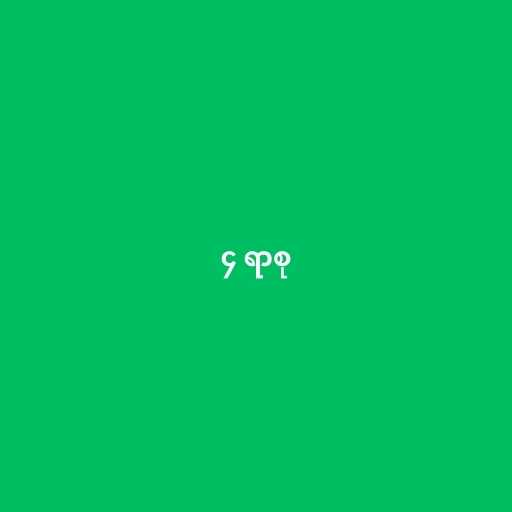
၄ ရာစု